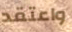
واعتقد